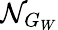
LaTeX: \mathcal{N}_{G_{W}}